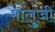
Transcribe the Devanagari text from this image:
मालुजी